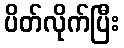
ပိတ်လိုက်ပြီး